Annual report on the mental hospital in the Central Provinces and Berar (Nagpur) - 1927-1951
Year: 1927
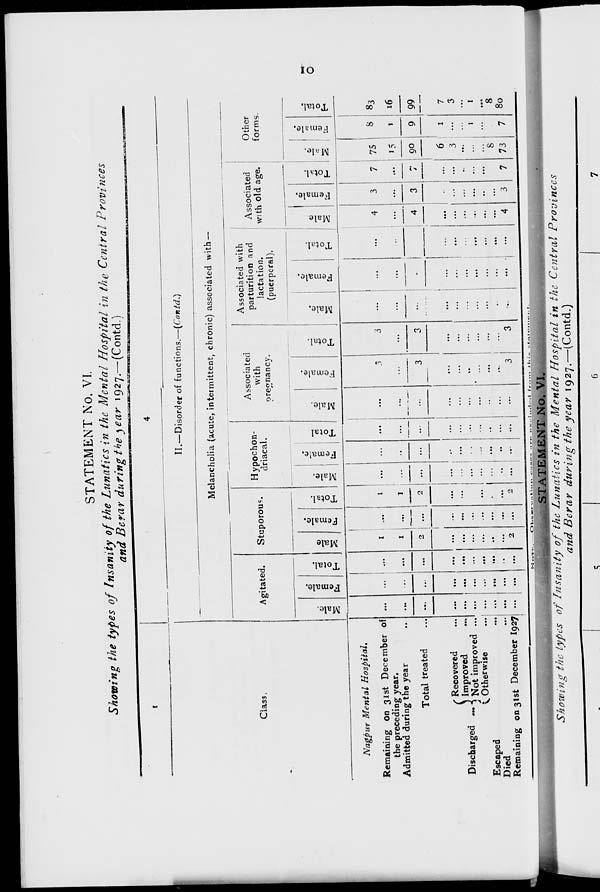
10
STATEMENT No. VI.
Showing the types of Insanity of the Lunatics in the Mental Hospital in the Central Provinces
and Berar during the year 1927.—(Contd.)
1
Class.
Nagpur Mental Hospital.
Remaining on 31st December of
the preceding year.
Admitted during the year ...
Total treated ...
Discharged
...
Recovered ...
Improved ...
Not improved ...
Otherwise
...
Escaped
...
Died
...
Remaining on 31st December 1927
4
II.—Disorder of functions.—(Contd.)
Melancholia (acute, intermittent, chronic) associated with —
Agitated.
Male.
...
...
...
...
...
...
...
...
...
...
Female.
...
...
...
...
...
...
...
...
...
...
Total.
...
...
...
...
...
...
...
...
...
...
Stuporous.
Male
1
1
2
...
...
...
...
...
...
2
Female.
...
...
...
...
...
...
...
...
...
...
Total.
1
1
2
...
...
...
...
...
...
2
Hypochon-
driacal.
Male.
...
...
...
...
...
...
...
...
...
...
Female.
...
...
...
...
...
...
...
...
...
...
Total
...
...
...
...
...
...
...
...
...
...
Associated
with
pregnancy.
Male.
...
...
...
...
...
...
...
...
...
...
Female.
3
...
3
...
...
...
...
...
...
3
Total.
3
...
3
...
...
...
...
...
...
3
Associated with
parturition and
lactation
(puerperal).
Male.
...
...
...
...
...
...
...
...
...
...
Female.
...
...
...
...
...
...
...
...
...
...
Total.
...
...
...
...
...
...
...
...
...
...
Associated
with old age.
Male
4
...
4
...
...
...
...
...
...
4
Female.
3
...
3
...
...
...
...
...
...
3
Total.
7
...
7
...
...
...
...
...
...
7
Other
forms.
Male.
75
15
90
6
3
...
...
...
8
73
Female.
8
1
9
1
...
...
1
...
...
7
Total.
83
16
99
7
3
...
1
...
8
80
NOTE.–Observation
causes
are
excluded
from
statement.